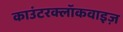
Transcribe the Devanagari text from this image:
काउंटरक्लॉकवाइज़